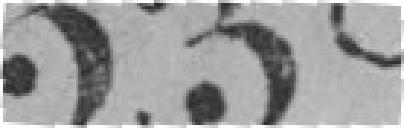
238